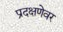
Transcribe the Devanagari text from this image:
प्रदक्षणेवर